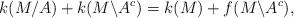
LaTeX: \begin{align*} k(M/A)+k(M\backslash A^c)= k(M)+f(M\backslash A^c),\end{align*}